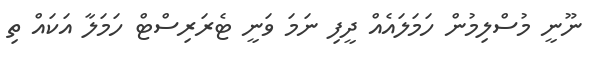
ނޫނީ މުސްލިމުން ހަމަލައެއް ދީފި ނަމަ ވަނީ ޓެރަރިސްޓް ހަމަލާ އަކައް ތި